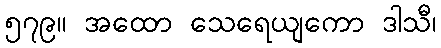
၅၇၉။ အထော သေရေယျကော ဒါသီ၊